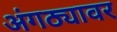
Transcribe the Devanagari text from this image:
अंगठ्यावर